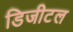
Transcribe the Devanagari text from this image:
डिजीटल